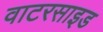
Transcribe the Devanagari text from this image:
वाटरसाइड